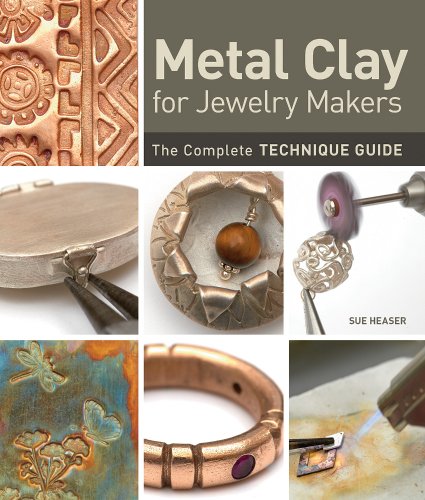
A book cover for Metal Clay for Jewelry Makers: The Complete Technique Guide; Sue Heaser; Crafts, Hobbies & Home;